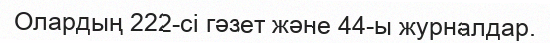
Олардың 222-сі гәзет және 44-ы журналдар.